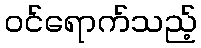
ဝင်ရောက်သည့်